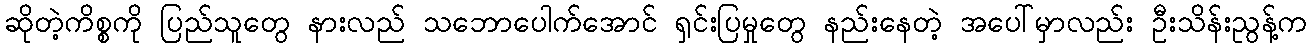
ဆိုတဲ့ကိစ္စကို ပြည်သူတွေ နားလည် သဘောပေါက်အောင် ရှင်းပြမှုတွေ နည်းနေတဲ့ အပေါ်မှာလည်း ဦးသိန်းညွန့်က